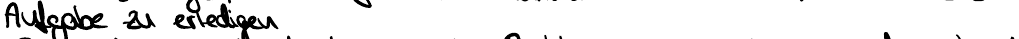
Aufgabe zu erledigen